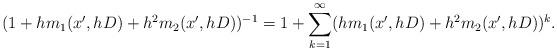
LaTeX: \begin{align*}(1 + hm_1(x',hD) + h^2m_2(x',hD))^{-1} = 1 + \sum_{k=1}^\infty (hm_1(x',hD) + h^2m_2(x',hD))^k.\end{align*}